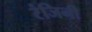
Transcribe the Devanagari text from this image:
रंजिनी